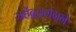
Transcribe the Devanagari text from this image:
महेंद्रवर्मनने